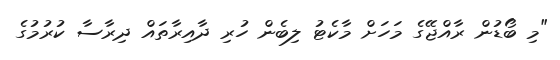
"މި ބޯޑުން ރާއްޖޭގެ މަހަށް މާކެޓު ލިބެން ހުރި ދާއިރާތައް ދިރާސާ ކުރުމުގެ